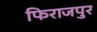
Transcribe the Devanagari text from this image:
फिराजपुर